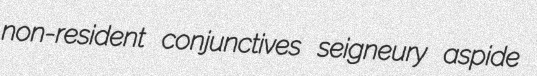
non-resident conjunctives seigneury aspide